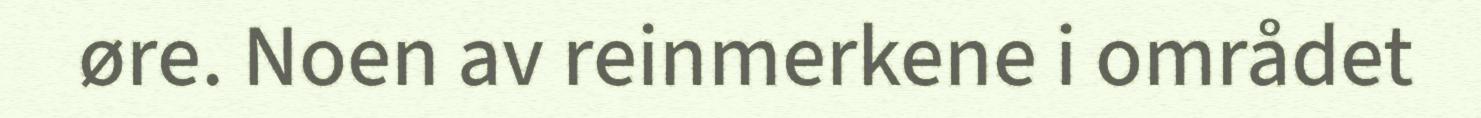
øre. Noen av reinmerkene i området